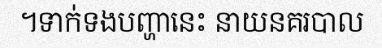
។ទាក់ទងបញ្ហានេះ នាយនគរបាល